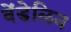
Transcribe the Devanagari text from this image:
वेंडेलिन